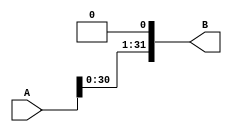
`timescale 1ns / 1ps
//////////////////////////////////////////////////////////////////////////////////
// Company: 
// Engineer: 
// 
// Design Name: 
// Module Name: Shift_Left
// Project Name: 
// Target Devices: 
// Tool Versions: 
// Description: 
// 
// Dependencies: 
// 
// Revision:
// Revision 0.01 - File Created
// Additional Comments:
// 
//////////////////////////////////////////////////////////////////////////////////


module Shift_Left (input [31:0]A,output [31:0]B);
assign B ={A[30:0],1'b0}; 
endmodule